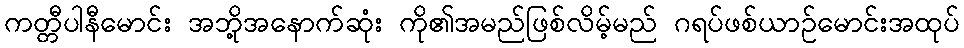
ကတ္တီပါနီမောင်း အဘို့အနောက်ဆုံး ကို၏အမည်ဖြစ်လိမ့်မည် ဂရပ်ဖစ်ယာဉ်မောင်းအထုပ်